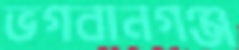
ভগবানগঞ্জ